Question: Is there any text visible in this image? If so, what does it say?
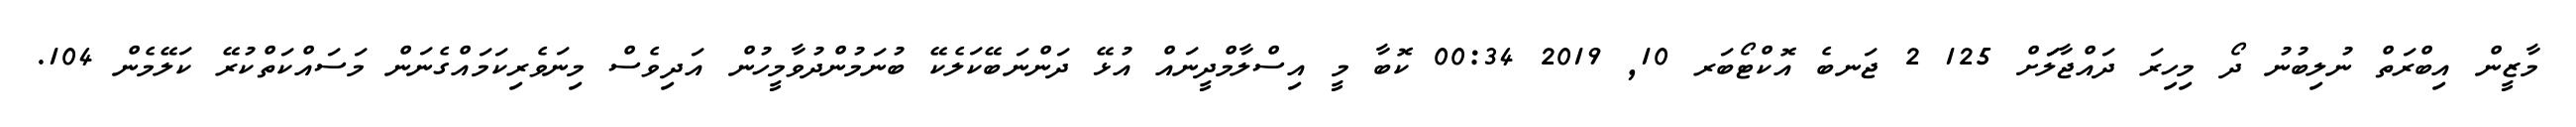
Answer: މާޒީން އިބްރަތް ނުލިބުނު ދޯ މިހިރަ ދައްޖާލަަށް 125 2 ޖަނބެ އޮކްޓޯބަރ 10, 2019 00:34 ކޮބާ މީ އިސްލާމްދީނައް އުޅޭ ދަންނަބޭކަލެކޭ ބުނަމުންދުވާމީހުން އަދިވެސް މިނަވެރިކަމައްގެނަން މަސައްކަތްކުރޭ ކަލޭމެން 104.